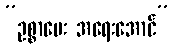
”ဥစ္စာပေး အရေးအောင်”